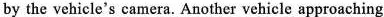
by the vehicle's camera. Another vehicle approaching